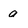
Character: a